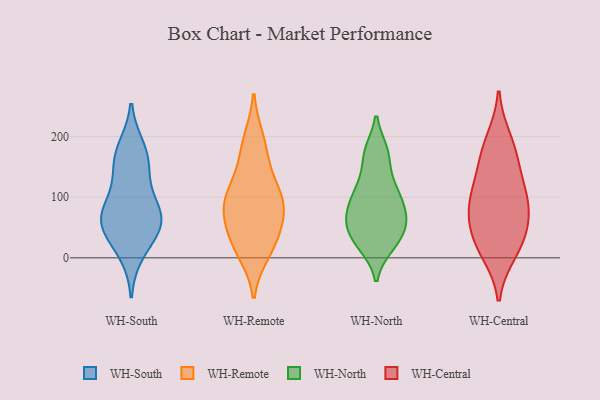
{"axis": {"x": "Net Income (USD K)", "y": "Value"}, "legend": ["WH-Central", "WH-North", "WH-Remote", "WH-South"], "data": [{"x": "", "y": 58, "type": "WH-South"}, {"x": "", "y": 58, "type": "WH-South"}, {"x": "", "y": 67, "type": "WH-South"}, {"x": "", "y": 179, "type": "WH-South"}, {"x": "", "y": 159, "type": "WH-South"}, {"x": "", "y": 47, "type": "WH-South"}, {"x": "", "y": 10, "type": "WH-South"}, {"x": "", "y": 156, "type": "WH-South"}, {"x": "", "y": 73, "type": "WH-South"}, {"x": "", "y": 103, "type": "WH-South"}, {"x": "", "y": 194, "type": "WH-Remote"}, {"x": "", "y": 137, "type": "WH-Remote"}, {"x": "", "y": 10, "type": "WH-Remote"}, {"x": "", "y": 77, "type": "WH-Remote"}, {"x": "", "y": 87, "type": "WH-Remote"}, {"x": "", "y": 103, "type": "WH-Remote"}, {"x": "", "y": 179, "type": "WH-Remote"}, {"x": "", "y": 49, "type": "WH-Remote"}, {"x": "", "y": 30, "type": "WH-Remote"}, {"x": "", "y": 85, "type": "WH-Remote"}, {"x": "", "y": 20, "type": "WH-Remote"}, {"x": "", "y": 101, "type": "WH-Remote"}, {"x": "", "y": 54, "type": "WH-North"}, {"x": "", "y": 21, "type": "WH-North"}, {"x": "", "y": 44, "type": "WH-North"}, {"x": "", "y": 106, "type": "WH-North"}, {"x": "", "y": 173, "type": "WH-North"}, {"x": "", "y": 108, "type": "WH-North"}, {"x": "", "y": 131, "type": "WH-North"}, {"x": "", "y": 115, "type": "WH-North"}, {"x": "", "y": 49, "type": "WH-North"}, {"x": "", "y": 52, "type": "WH-North"}, {"x": "", "y": 175, "type": "WH-North"}, {"x": "", "y": 173, "type": "WH-North"}, {"x": "", "y": 20, "type": "WH-North"}, {"x": "", "y": 81, "type": "WH-North"}, {"x": "", "y": 22, "type": "WH-North"}, {"x": "", "y": 68, "type": "WH-North"}, {"x": "", "y": 79, "type": "WH-North"}, {"x": "", "y": 82, "type": "WH-North"}, {"x": "", "y": 110, "type": "WH-Central"}, {"x": "", "y": 74, "type": "WH-Central"}, {"x": "", "y": 93, "type": "WH-Central"}, {"x": "", "y": 23, "type": "WH-Central"}, {"x": "", "y": 152, "type": "WH-Central"}, {"x": "", "y": 31, "type": "WH-Central"}, {"x": "", "y": 194, "type": "WH-Central"}, {"x": "", "y": 99, "type": "WH-Central"}, {"x": "", "y": 10, "type": "WH-Central"}, {"x": "", "y": 58, "type": "WH-Central"}, {"x": "", "y": 172, "type": "WH-Central"}]}